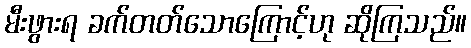
မီးဖွားရ ခက်တတ်သောကြောင့်ဟု ဆိုကြသည်။